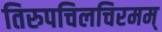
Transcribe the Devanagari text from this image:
तिरुपचिलचिरमम्